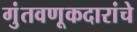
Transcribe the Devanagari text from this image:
गुंतवणूकदारांचे